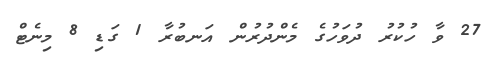
27 ވާ ހުކުރު ދުވަހުގެ މެންދުރުން އަނބުރާ 1 ގަޑި 8 މިނެޓް